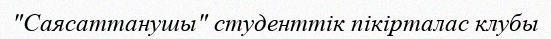
"Саясаттанушы" студенттік пікірталас клубы